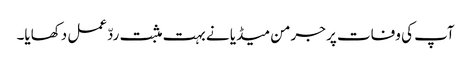
آپ کی وفات پر جرمن میڈیا نے بہت مثبت ردّعمل دکھایا۔